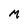
Character: M